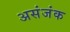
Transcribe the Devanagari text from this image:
असंजंक